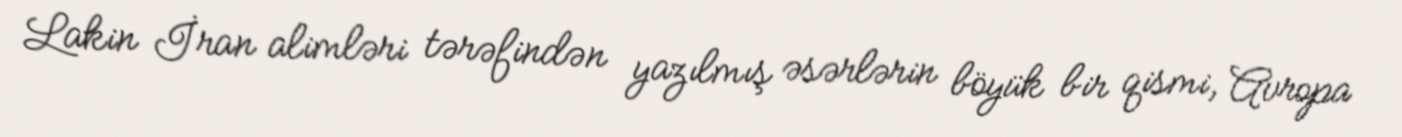
Lakin İran alimləri tərəfindən yazılmış əsərlərin böyük bir qismi, Avropa